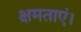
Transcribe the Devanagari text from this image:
क्षमताएं।